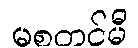
မစတင်မီ